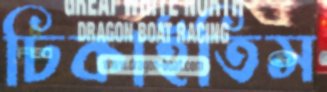
ঢিকাইতিস